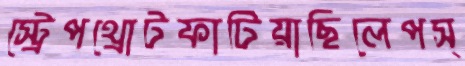
স্ট্রেপথ্রোটফাটিয়াছিলেপস্